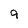
Character: 9